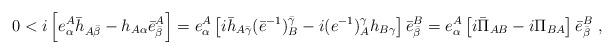
LaTeX: \begin{align*}0 < i \left[e^A_\alpha \bar h_{A\bar \beta}-h_{A\alpha}\bar e^A_{\bar \beta}\right]=e^A_\alpha \left[i\bar h_{A\bar \gamma}(\bar e^{-1})^{\bar \gamma} _B-i (e^{-1})_A^\gamma h_{B\gamma}\right]\bar e^B_{\bar \beta} =e^A_\alpha \left[i\bar \Pi_{AB} -i \Pi_{BA}\right] \bar e^B_{\bar \beta} \ ,\end{align*}